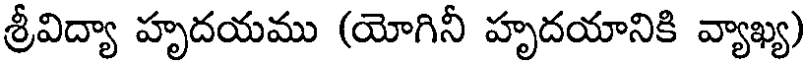
శ్రీవిద్యా హృదయము (యోగినీ హృదయానికి వ్యాఖ్య)